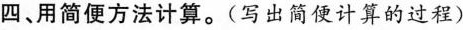
四、用简便方法计算。(写出简便计算的过程)